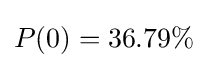
P(0)=36.79\%